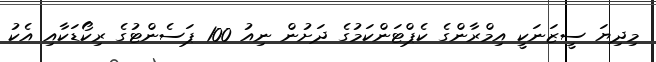
މިދިޔަ ސީޒަނަކީ އިމްރާންގެ ކެޕްޓަންކަމުގެ ދަށުން ނިއު 100 ޕަސެންޓުގެ ރިކޯޑަކާއި އެކު